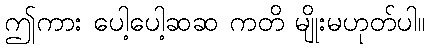
ဤကား ပေါ့ပေါ့ဆဆ ကတိ မျိုးမဟုတ်ပါ။